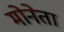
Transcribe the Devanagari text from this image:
मोनेता